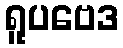
ရူပဗေဒ